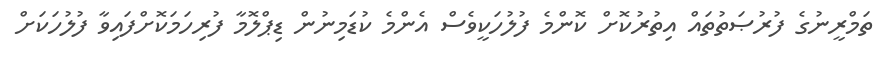
ތަމްރީނުގެ ފުރުޞަތުތައް އިތުރުކޮށް ކޮންމެ ފުލުހަކީވެސް އެންމެ ކުޑަމިނުން ޑިޕްލޮމާ ފުރިހަމަކޮށްފައިވާ ފުލުހަކަށް